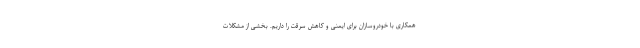
همکاری با خودروسازان برای ایمنی و کاهش سرقت را داریم. بخشی از مشکلات